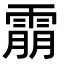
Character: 䨜